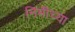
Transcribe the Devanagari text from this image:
निमीच्या